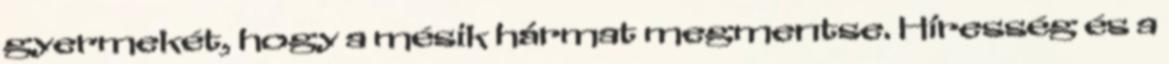
gyermekét, hogy a mésik hármat megmentse. Híresség és a